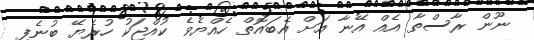
ނޫން ރާސްތާ އެއް އޭނާ އަށް އެބައޮތް ހެއްޔެވެ ކުއްޖަކު ހުރެޔޭ ބުނެފި